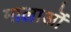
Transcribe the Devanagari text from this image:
मालाऒं